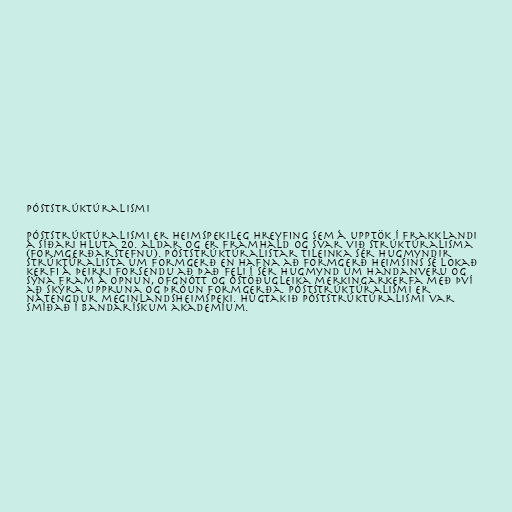
Póststrúktúralismi

Póststrúktúralismi er heimspekileg hreyfing sem á upptök í Frakklandi
á síðari hluta 20. aldar og er framhald og svar við strúktúralisma
(formgerðarstefnu). Póststrúktúralistar tileinka sér hugmyndir
strúktúralista um formgerð en hafna að formgerð heimsins sé lokað
kerfi á þeirri forsendu að það feli í sér hugmynd um handanveru og
sýna fram á opnun, ofgnótt og óstöðugleika merkingarkerfa með því
að skýra uppruna og þróun formgerða. Póststrúktúralismi er
nátengdur meginlandsheimspeki. Hugtakið póststrúktúralismi var
smíðað í bandarískum akademíum.